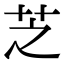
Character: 芝